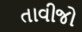
તાવીજો